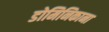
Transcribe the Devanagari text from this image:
डोमिनिकाना